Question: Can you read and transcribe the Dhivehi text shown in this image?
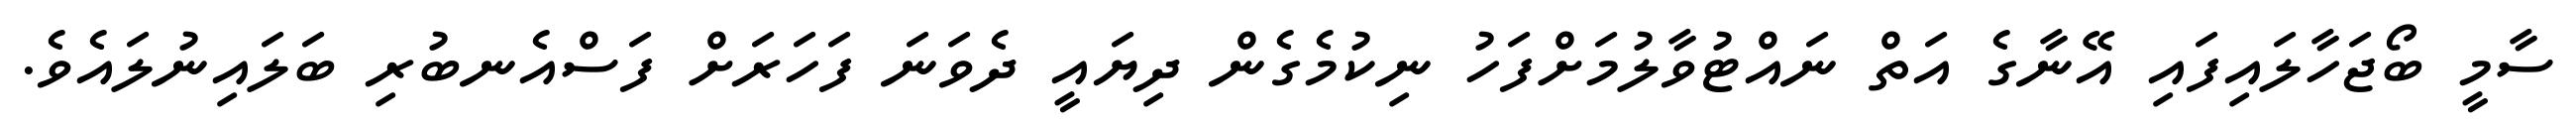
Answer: ސާމީ ބޯޖަހާލައިފައި އޭނާގެ އަތް ނައްޓުވާލުމަށްފަހު ނިކުމެގެން ދިޔައީ ދެވަނަ ފަހަރަށް ފަސްއެނބުރި ބަލައިނުލައެވެ.